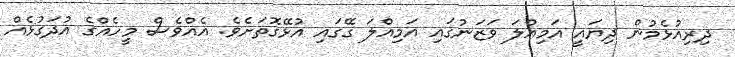
ދިރިއުޅެމުން ދިޔައީ އަމިއްލަ ވަޒަނުގައި އަމިއްލަ ގޭގައި އުޅޭގޮތަށެވެ. އެއްވެސް މީހެއްގެ އުދަގުޅެއް